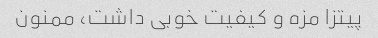
پیتزا مزه و کیفیت خوبی داشت، ممنون